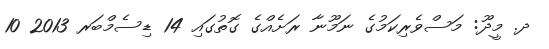
ދ. މީދޫ: މަސްވެރިކަމުގެ ނަމޫނާ ރަށެއްގެ ގޮތުގައި 14 ޑިސެމްބަރ 2013 10